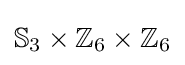
\mathbb {S} _{3}\times \mathbb {Z} _{6}\times \mathbb {Z} _{6}